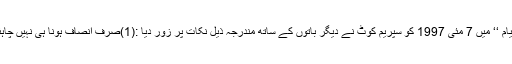
اپنے چارٹر ’’ عدالتی زندگی کے اقدار کی ازسر نو قیام ‘‘ میں 7 مئی 1997 کو سپریم کوٹ نے دیگر باتوں کے ساتھ مندرجہ ذیل نکات پر زور دیا :(1)صرف انصاف ہونا ہی نہیں چاہئے بلکہ انصاف ہوتے ہوئے دکھائی بھی دینا چاہئے۔